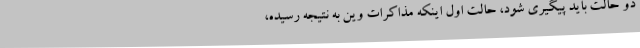
دو حالت باید پیگیری شود، حالت اول اینکه مذاکرات وین به نتیجه رسیده،